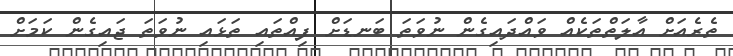
ތެރެއަށް އާލަތްތަކެއް ވައްދައިގެން ނުވަތަ ބަނޑަށް ފިއްތައި ތަޅައި ނުވަތަ ޖައިގެން ކަމަށް